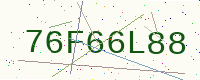
Text: 76F66L88